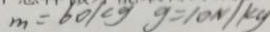
m = 1 0 k g = 1 0 N / k g